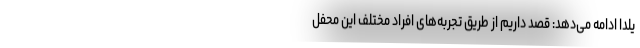
یلدا ادامه می‌دهد: قصد داریم از طریق تجربه‌های افراد مختلف این محفل